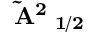
\mathbf { \tilde { A } ^ { 2 } \Pi _ { 1 / 2 } }